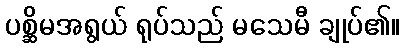
ပစ္ဆိမအရွယ် ရုပ်သည် မသေမီ ချုပ်၏။